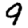
Digit: 9